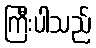
ကြီးပါသည်